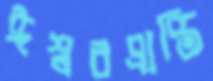
ঈশ্বরপ্রাপ্তি